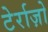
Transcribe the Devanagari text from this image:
टेर्राज़ो